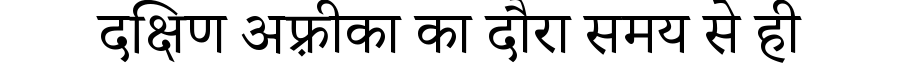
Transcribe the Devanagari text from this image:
दक्षिण अफ़्रीका का दौरा समय से ही